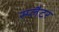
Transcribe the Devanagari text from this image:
स्प्लैटर